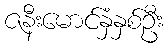
ဇနီးမောင်နှံနှစ်ဦး